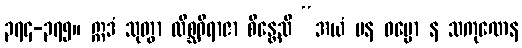
၃၇၄-၃၇၅။ ဣဒံ သုတွာ လိစ္ဆဝိရာဇာ စိန္တေသိ “အယံ ပန ဓမ္မော န သကုဏေန